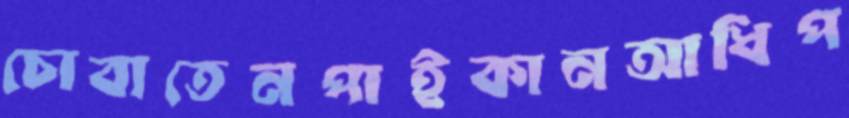
চোবাতেনপাইকানআধিপ